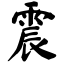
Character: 震